Annual report of lunatic asylums [Bombay] - 1912-1922
Year: 1912
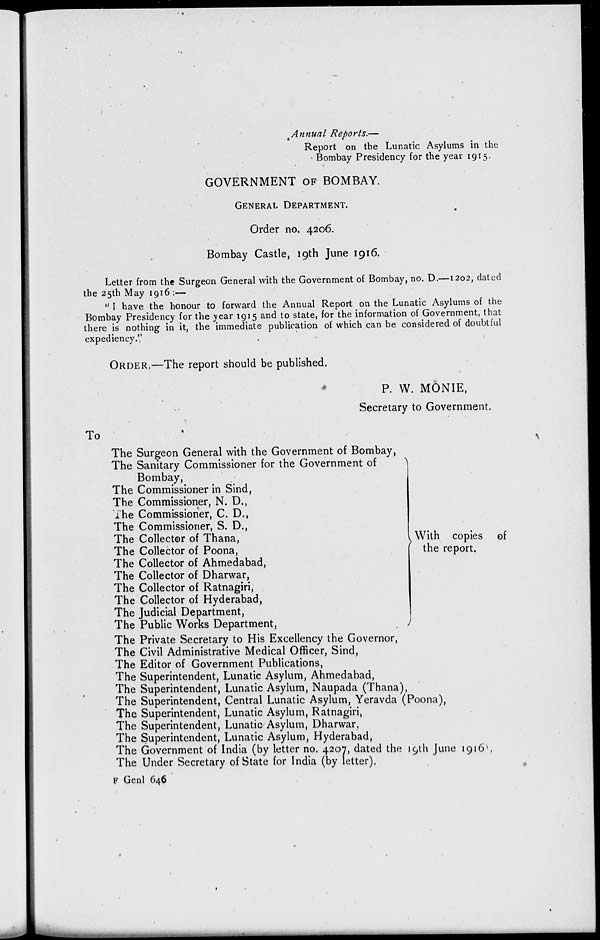
Annual Reports.—
Report on the Lunatic Asylums in the
Bombay Presidency for the year 1915.
GOVERNMENT OF BOMBAY.
GENERAL DEPARTMENT.
Order no. 4206.
Bombay Castle, 19th June 1916.
Letter from the Surgeon General with the Government of Bombay, no. D.—1202, dated
the 25th May 1916 :—
" I have the honour to forward the Annual Report on the Lunatic Asylums of the
Bombay Presidency for the year 1915 and to state, for the information of Government, that
there is nothing in it, the immediate publication of which can be considered of doubtful
expediency."
ORDER.—The report should be published.
P. W. MONIE,
Secretary to Government.
To
The Surgeon General with the Government of Bombay,
The Sanitary Commissioner for the Government of
Bombay,
The Commissioner in Sind,
The Commissioner, N. D.,
The Commissioner, C. D.,
The Commissioner, S. D.,
The Collector of Thana,
The Collector of Poona,
The Collector of Ahmedabad,
The Collector of Dharwar,
The Collector of Ratnagiri,
The Collector of Hyderabad,
The Judicial Department,
The Public Works Department,
With copies of
the report.
The Private Secretary to His Excellency the Governor,
The Civil Administrative Medical Officer, Sind,
The Editor of Government Publications,
The Superintendent, Lunatic Asylum, Ahmedabad,
The Superintendent, Lunatic Asylum, Naupada (Thana),
The Superintendent, Central Lunatic Asylum, Yeravda (Poona),
The Superintendent, Lunatic Asylum, Ratnagiri,
The Superintendent, Lunatic Asylum, Dharwar,
The Superintendent, Lunatic Asylum, Hyderabad,
The Government of India (by letter no. 4207, dated the 19th June 1916),
The Under Secretary of State for India (by letter).
F Genl 646